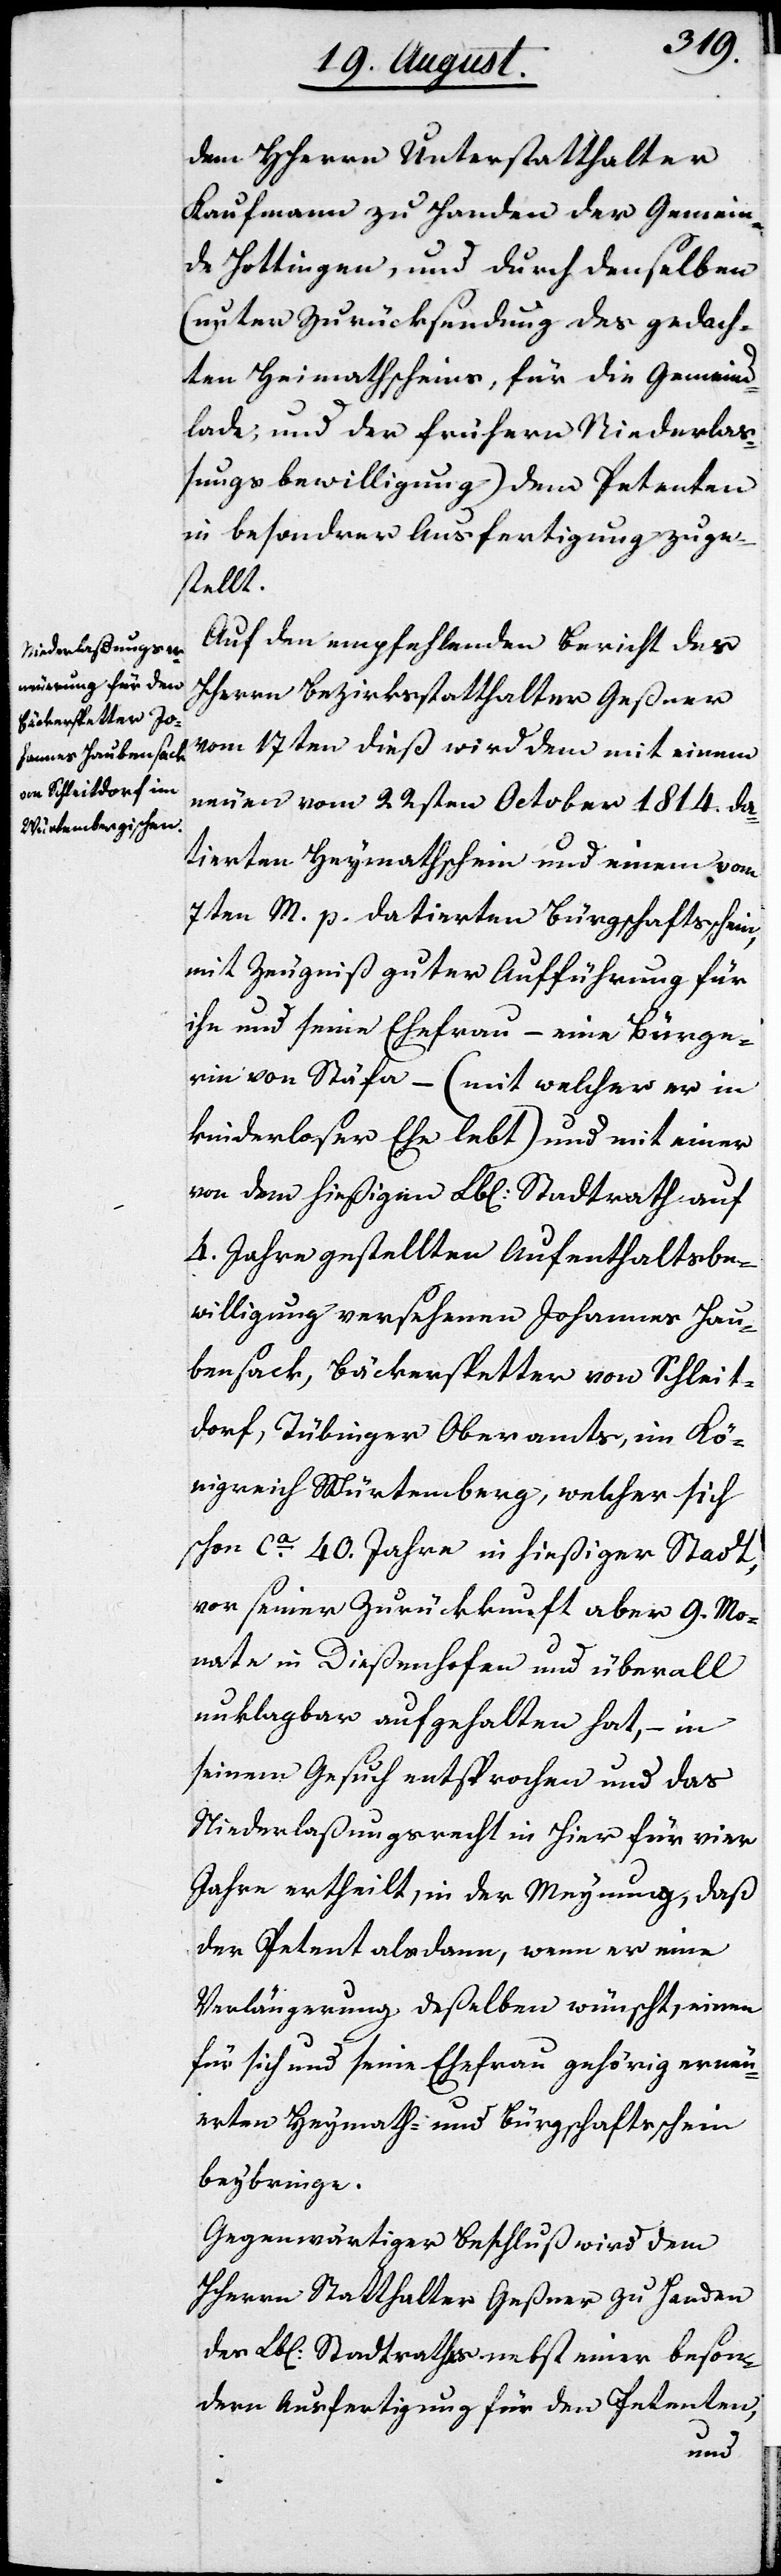
dem HHerrn Unterstatthalter
Kaufmann zu Handen der Gemein¬
de Hottingen, und durch denselben
(unter Zurücksendung des gedach¬
ten Heimathscheins, für die Gemeind¬
lade, und der frühern Niederlaß¬
ungsbewilligung) dem Petenten
in besondrer Ausfertigung zuge¬
stellt.
Auf den empfehlenden Bericht des
HHerrn Bezirksstatthalters Geßner
vom 17ten dieß wird dem mit einem
neuen vom 22sten October 1814. da¬
tierten Heymathschein und einem vom
7ten M. p. datierten Bürgerschaftsschein,
mit Zeugniß guter Aufführung für
ihn und seine Ehefrau – eine Bürge¬
rin von Stäfa – (mit welcher er in
kinderloser Ehe lebt) und mit einer
von dem hießigen Lbl. Stadtrath auf
4. Jahre gestellten Aufenthaltsbe¬
willigung versehenen Johannes Hau¬
bensack, Bäckerspetter von Schleit¬
dorf, Tübinger Oberamts, im Kö¬
nigreich Würtemberg, welcher sich
schon ca. 40. Jahre in hießiger Stadt,
vor seiner Zurückkunft aber 9. Mo¬
nate in Dießenhofen und überall
unklagbar aufgehalten hat, – in
seinem Gesuch entsprochen und das
Niederlaßungsrecht in hier für vier
Jahre ertheilt, in der Meynung, daß
der Petent alsdann, wenn er eine
Verlängerung deßelben wünscht, einen
für sich und seine Frau gehörig erneu¬
erten Heymath- und Bürgschaftsschein
beybringe.
Gegenwärtiger Beschluß wird dem
HHerrn Statthalter Geßner zu Handen
des Lbl. Stadtraths nebst einer beson¬
dern Ausfertigung für den Petenten